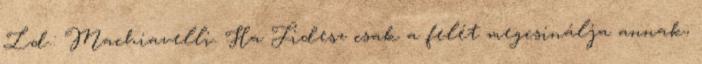
Ld.: Machiavelli. Ha Fidesz csak a felét megcsinálja annak,